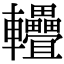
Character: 𨐁